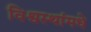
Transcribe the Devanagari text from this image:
विश्वस्थांमधे